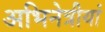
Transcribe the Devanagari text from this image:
अभिनेत्रीयां